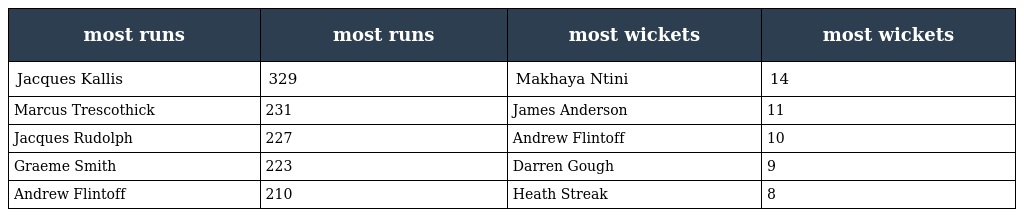
| most runs | most runs | most wickets | most wickets |
 | --- | --- | --- | --- |
 | Jacques Kallis | 329 | Makhaya Ntini | 14 |
 | Marcus Trescothick | 231 | James Anderson | 11 |
 | Jacques Rudolph | 227 | Andrew Flintoff | 10 |
 | Graeme Smith | 223 | Darren Gough | 9 |
 | Andrew Flintoff | 210 | Heath Streak | 8 |